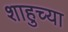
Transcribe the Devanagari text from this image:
शाहुच्या